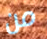
من